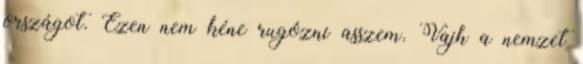
országot. Ezen nem kéne rugózni asszem. Vajh a nemzet